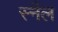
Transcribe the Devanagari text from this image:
स्नैल